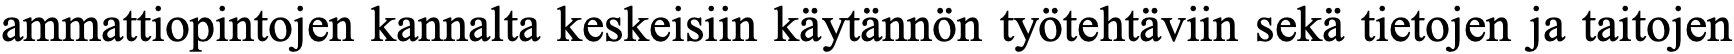
ammattiopintojen kannalta keskeisiin käytännön työtehtäviin sekä tietojen ja taitojen